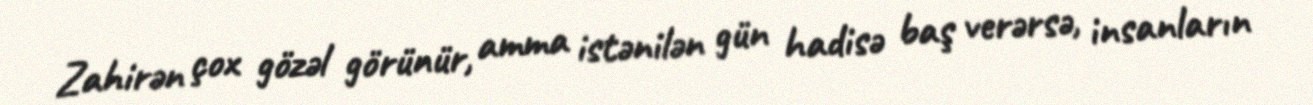
Zahirən çox gözəl görünür, amma istənilən gün hadisə baş verərsə, insanların